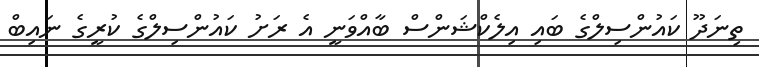
ތިނަދޫ ކައުންސިލްގެ ބައި އިލެކްޝަންސް ބާއްވަނީ އެ ރަށު ކައުންސިލްގެ ކުރީގެ ނައިބް